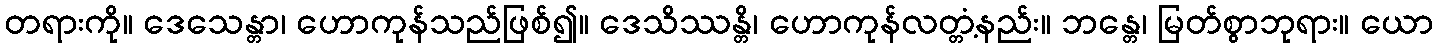
တရားကို။ ဒေသေန္တာ၊ ဟောကုန်သည်ဖြစ်၍။ ဒေသိဿန္တိ၊ ဟောကုန်လတ္တံ့နည်း။ ဘန္တေ၊ မြတ်စွာဘုရား။ ယော